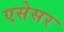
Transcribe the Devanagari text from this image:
एसेसर